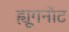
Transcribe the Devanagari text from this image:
ह्यूगनॉट